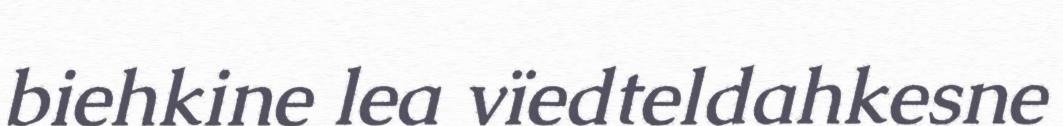
biehkine lea vïedteldahkesne